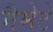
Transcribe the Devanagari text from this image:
गैमेटे